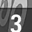
Digit: 3